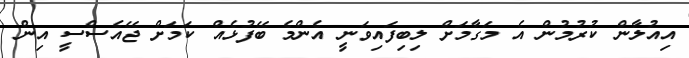
އިއުލާން ކުރުމުން އެ މަގާމަށް ލިބިފައިވަނީ އެންމެ ބޭފުޅެއް ކަމަށް ޖޭއެސްސީ އިން